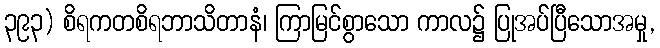
၃၉၃) စိရကတစိရဘာသိတာနံ၊ ကြာမြင်စွာသော ကာလ၌ ပြုအပ်ပြီသောအမှု,